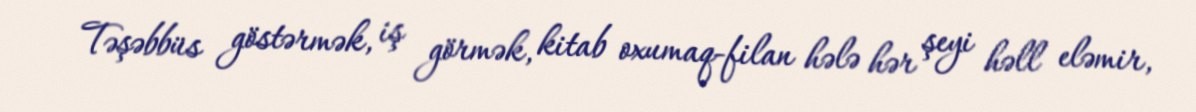
Təşəbbüs göstərmək, iş görmək, kitab oxumaq-filan hələ hər şeyi həll eləmir,